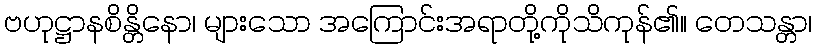
ဗဟုဋ္ဌာနစိန္တိနော၊ များသော အကြောင်းအရာတို့ကိုသိကုန်၏။ တေသန္တာ၊